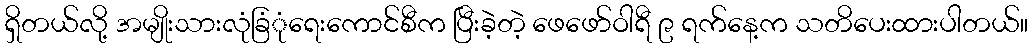
ရှိတယ်လို့ အမျိုးသားလုံခြံုံရေးကောင်စီက ပြီးခဲ့တဲ့ ဖေဖော်ဝါရီ ၉ ရက်နေ့က သတိပေးထားပါတယ်။